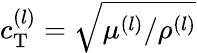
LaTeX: c_{\mathrm{T}}^{(l)}=\sqrt{\mu^{(l)}/\rho^{(l)}}